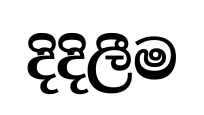
දිදිලීම